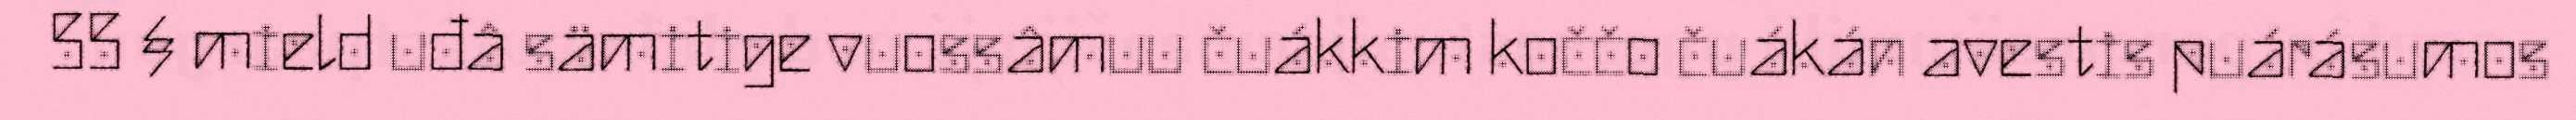
55 § mield uđâ sämitige vuossâmuu čuákkim koččo čuákán avestis puárásumos